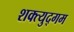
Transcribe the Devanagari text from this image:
शक्त्युद्गम